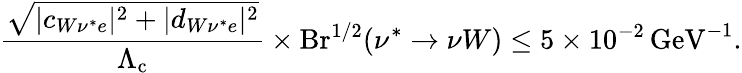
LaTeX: \frac{\sqrt{|c_{W\nu^{*}e}|^{2}+|d_{W\nu^{*}e}|^{2}}}{\Lambda_{\mathrm{c}}}\times\mathrm{Br}^{1/2}(\nu^{*}\to\nu W)\leq 5\times 10^{-2}\, \mathrm{GeV}^{-1}.